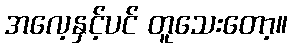
အလေ့နှင့်ပင် တူသေးတော့။